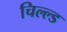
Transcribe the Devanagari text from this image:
चिल्ल्ड